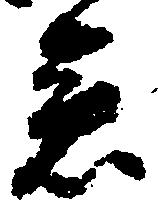
急